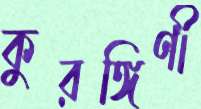
কুরঙ্গিণী